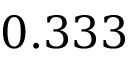
0 . 3 3 3